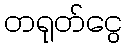
တရုတ်ငွေ